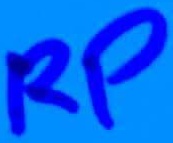
Text: RP